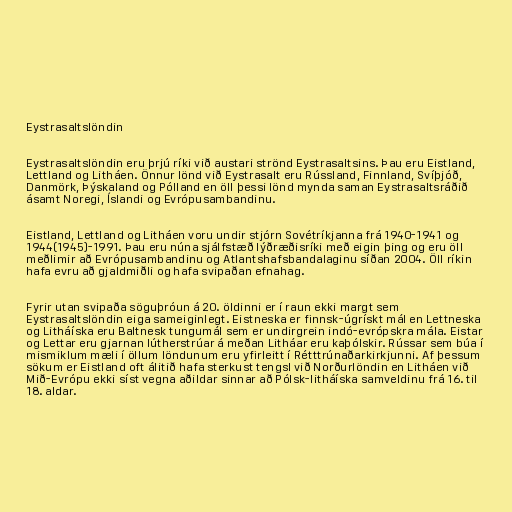
Eystrasaltslöndin

Eystrasaltslöndin eru þrjú ríki við austari strönd Eystrasaltsins. Þau eru Eistland,
Lettland og Litháen. Önnur lönd við Eystrasalt eru Rússland, Finnland, Svíþjóð,
Danmörk, Þýskaland og Pólland en öll þessi lönd mynda saman Eystrasaltsráðið
ásamt Noregi, Íslandi og Evrópusambandinu.

Eistland, Lettland og Litháen voru undir stjórn Sovétríkjanna frá 1940-1941 og
1944(1945)-1991. Þau eru núna sjálfstæð lýðræðisríki með eigin þing og eru öll
meðlimir að Evrópusambandinu og Atlantshafsbandalaginu síðan 2004. Öll ríkin
hafa evru að gjaldmiðli og hafa svipaðan efnahag.

Fyrir utan svipaða söguþróun á 20. öldinni er í raun ekki margt sem
Eystrasaltslöndin eiga sameiginlegt. Eistneska er finnsk-úgrískt mál en Lettneska
og Litháíska eru Baltnesk tungumál sem er undirgrein indó-evrópskra mála. Eistar
og Lettar eru gjarnan lútherstrúar á meðan Litháar eru kaþólskir. Rússar sem búa í
mismiklum mæli í öllum löndunum eru yfirleitt í Rétttrúnaðarkirkjunni. Af þessum
sökum er Eistland oft álitið hafa sterkust tengsl við Norðurlöndin en Litháen við
Mið-Evrópu ekki síst vegna aðildar sinnar að Pólsk-litháíska samveldinu frá 16. til
18. aldar.